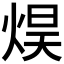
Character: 𰞮